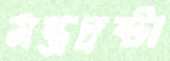
মন্ত্রদ্রষ্টা